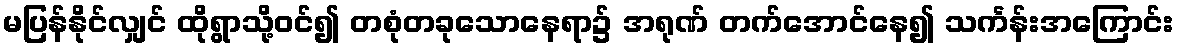
မပြန်နိုင်လျှင် ထိုရွာသို့ဝင်၍ တစုံတခုသောနေရာ၌ အရုဏ် တက်အောင်နေ၍ သင်္ကန်းအကြောင်း